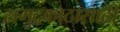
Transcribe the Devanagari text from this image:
समुद्रकाठासाठी